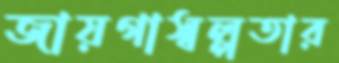
জায়গাস্বল্পতার